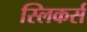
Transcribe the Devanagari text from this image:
स्लिकर्स